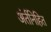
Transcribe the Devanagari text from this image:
अंर्तनिहित